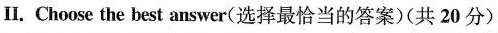
II. Choose the best answer(选择最恰当的答案)(共 20 分)